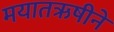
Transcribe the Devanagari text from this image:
मयातऋषीने